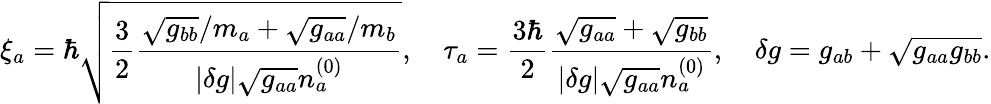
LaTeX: \xi_{a}=\hbar\sqrt{\frac{3}{2}\frac{\sqrt{g_{bb}}/m_{a}+\sqrt{g_{aa}}/m_{b}}{\vert\delta g\vert\sqrt{g_{aa}}n_{a}^{(0)}}},\quad\tau_{a}=\frac{3\hbar}{2}\frac{\sqrt{g_{aa}}+\sqrt{g_{bb}}}{\vert\delta g\vert\sqrt{g_{aa}}n_{a}^{(0)}},\quad\delta g=g_{ab}+\sqrt{g_{aa}g_{bb}}.